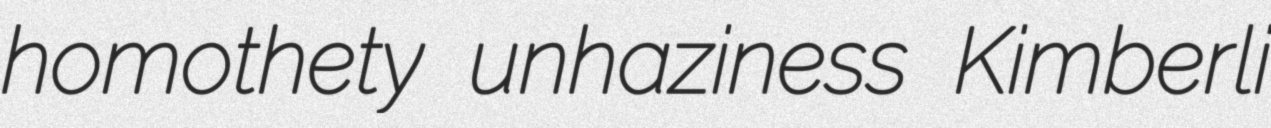
homothety unhaziness Kimberli